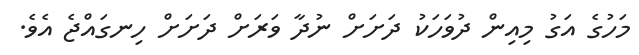
މަހުގެ އަގު މިއިން ދުވަހަކު ދަށަށް ނުދާ ވަރަށް ދަށަށް ހިނގައްޖެ އެވެ.